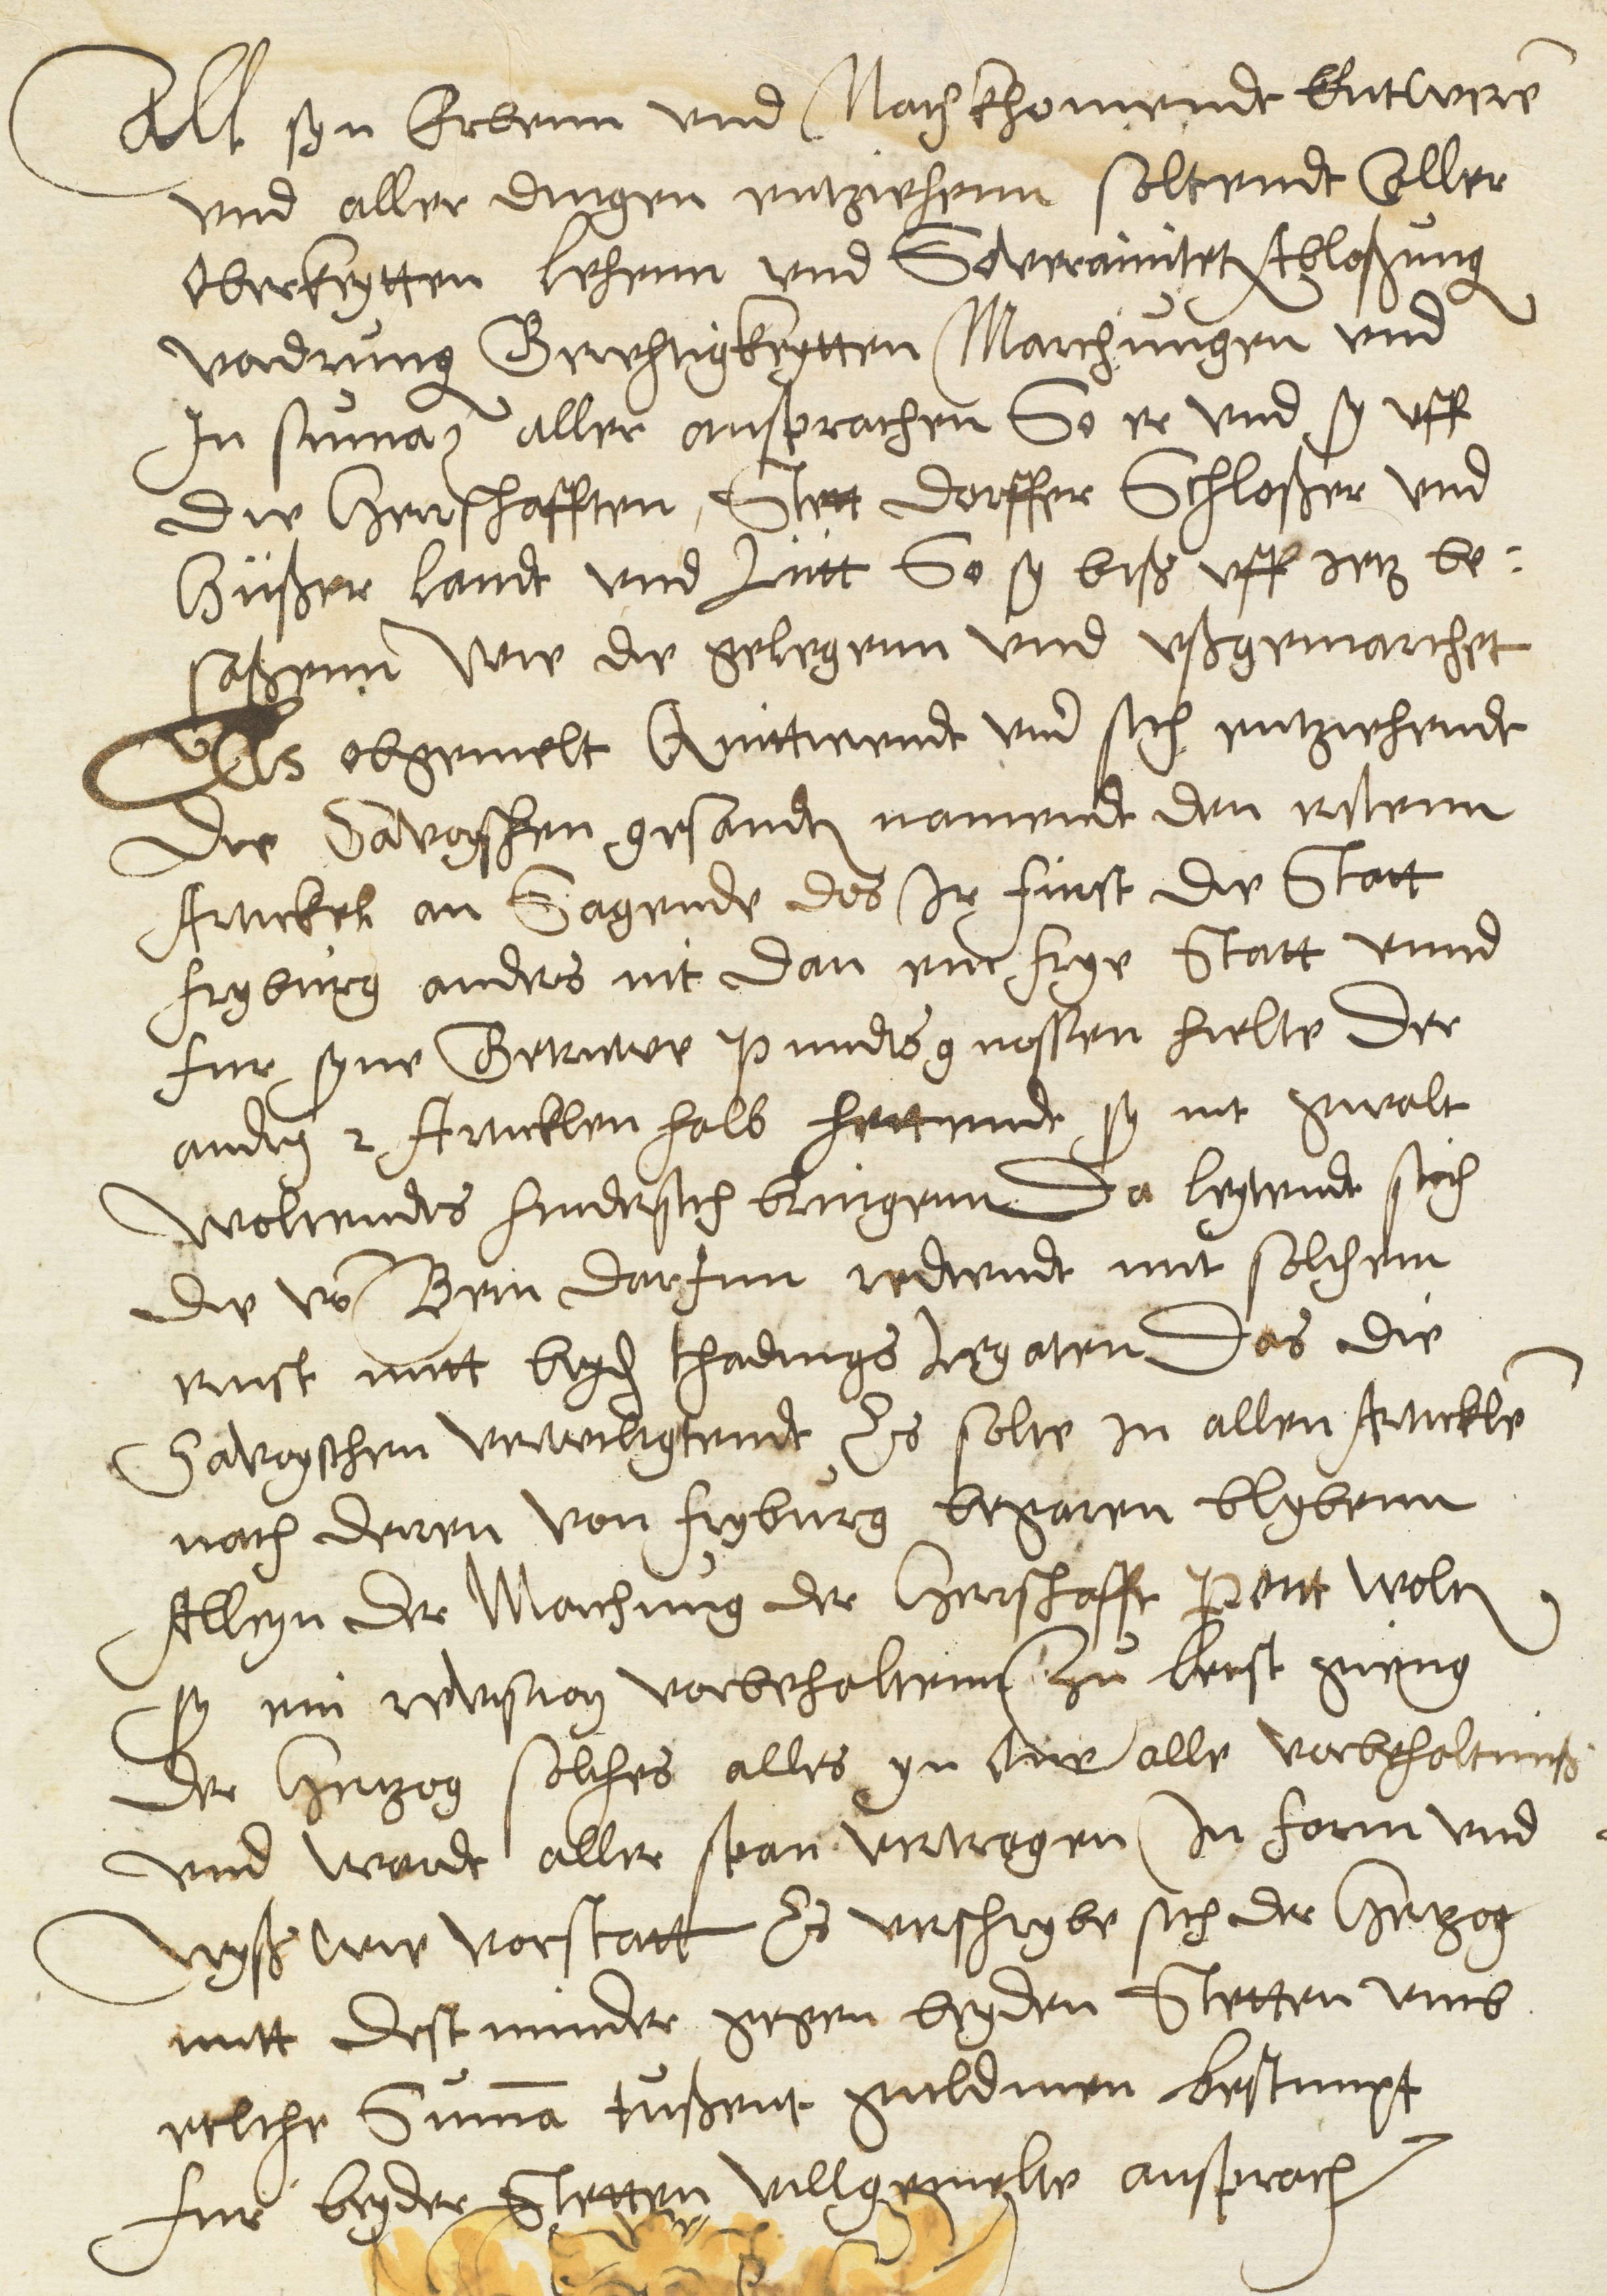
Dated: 1600–1630